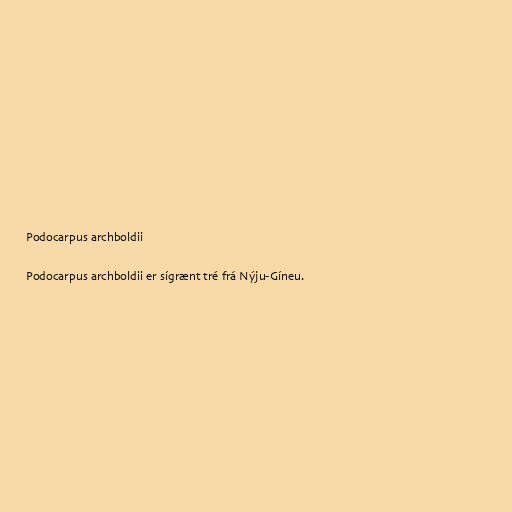
Podocarpus archboldii

Podocarpus archboldii er sígrænt tré frá Nýju-Gíneu.